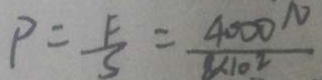
P = \frac { F } { S } = \frac { 4 0 0 0 ^ { N } } { k 1 0 2 }